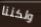
ولكننا